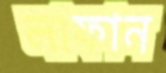
লাফান